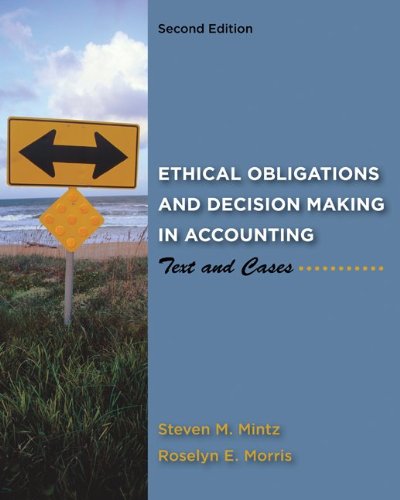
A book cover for Ethical Obligations and Decision-Making in Accounting: Text and Cases; Steven Mintz; Business & Money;